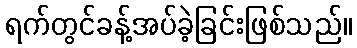
ရက်တွင်ခန့်အပ်ခဲ့ခြင်းဖြစ်သည်။